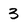
Character: 3